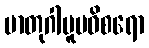
မာတုဂါမူပဝိစရော